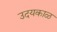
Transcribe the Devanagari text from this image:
उदयकाळ